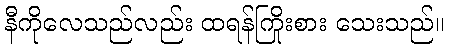
နီကိုလေသည်လည်း ထရန်ကြိုးစား သေးသည်။